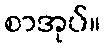
စာအုပ်။